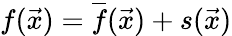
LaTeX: f(\vec{x})=\overline{{f}}(\vec{x})+s(\vec{x})